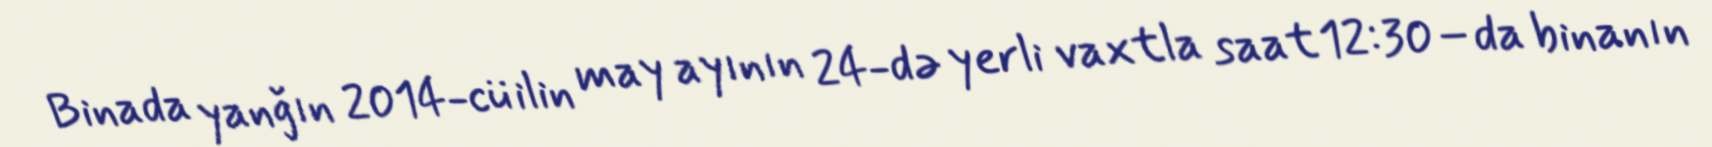
Binada yanğın 2014-cü ilin may ayının 24-də yerli vaxtla saat 12:30–da binanın